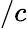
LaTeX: /c